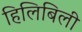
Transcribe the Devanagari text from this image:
हिलिबिली